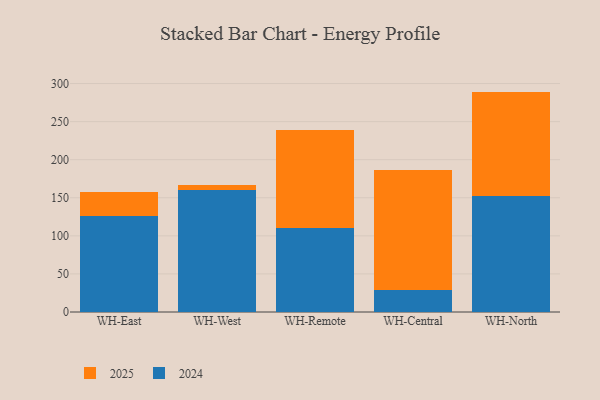
{"axis": {"x": "Warehouse", "y": "LTV (USD)"}, "legend": ["2024", "2025"], "data": [{"x": "WH-East", "y": 126.5, "type": "2024"}, {"x": "WH-East", "y": 31.1, "type": "2025"}, {"x": "WH-West", "y": 160.7, "type": "2024"}, {"x": "WH-West", "y": 6.4, "type": "2025"}, {"x": "WH-Remote", "y": 110.2, "type": "2024"}, {"x": "WH-Remote", "y": 128.3, "type": "2025"}, {"x": "WH-Central", "y": 28.5, "type": "2024"}, {"x": "WH-Central", "y": 158.1, "type": "2025"}, {"x": "WH-North", "y": 152.0, "type": "2024"}, {"x": "WH-North", "y": 137.4, "type": "2025"}]}